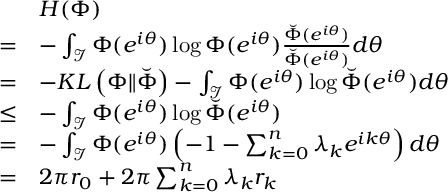
\begin{array} { r l } & { H ( \Phi ) } \\ { = } & { - \int _ { \mathcal { I } } \Phi ( e ^ { i \theta } ) \log \Phi ( e ^ { i \theta } ) \frac { \breve { \Phi } ( e ^ { i \theta } ) } { \breve { \Phi } ( e ^ { i \theta } ) } d \theta } \\ { = } & { - K L \left( \Phi \| \breve { \Phi } \right) - \int _ { \mathcal { I } } \Phi ( e ^ { i \theta } ) \log \breve { \Phi } ( e ^ { i \theta } ) d \theta } \\ { \leq } & { - \int _ { \mathcal { I } } \Phi ( e ^ { i \theta } ) \log \breve { \Phi } ( e ^ { i \theta } ) } \\ { = } & { - \int _ { \mathcal { I } } \Phi ( e ^ { i \theta } ) \left( - 1 - \sum _ { k = 0 } ^ { n } \lambda _ { k } e ^ { i k \theta } \right) d \theta } \\ { = } & { 2 \pi r _ { 0 } + 2 \pi \sum _ { k = 0 } ^ { n } \lambda _ { k } r _ { k } } \end{array}